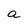
Character: a